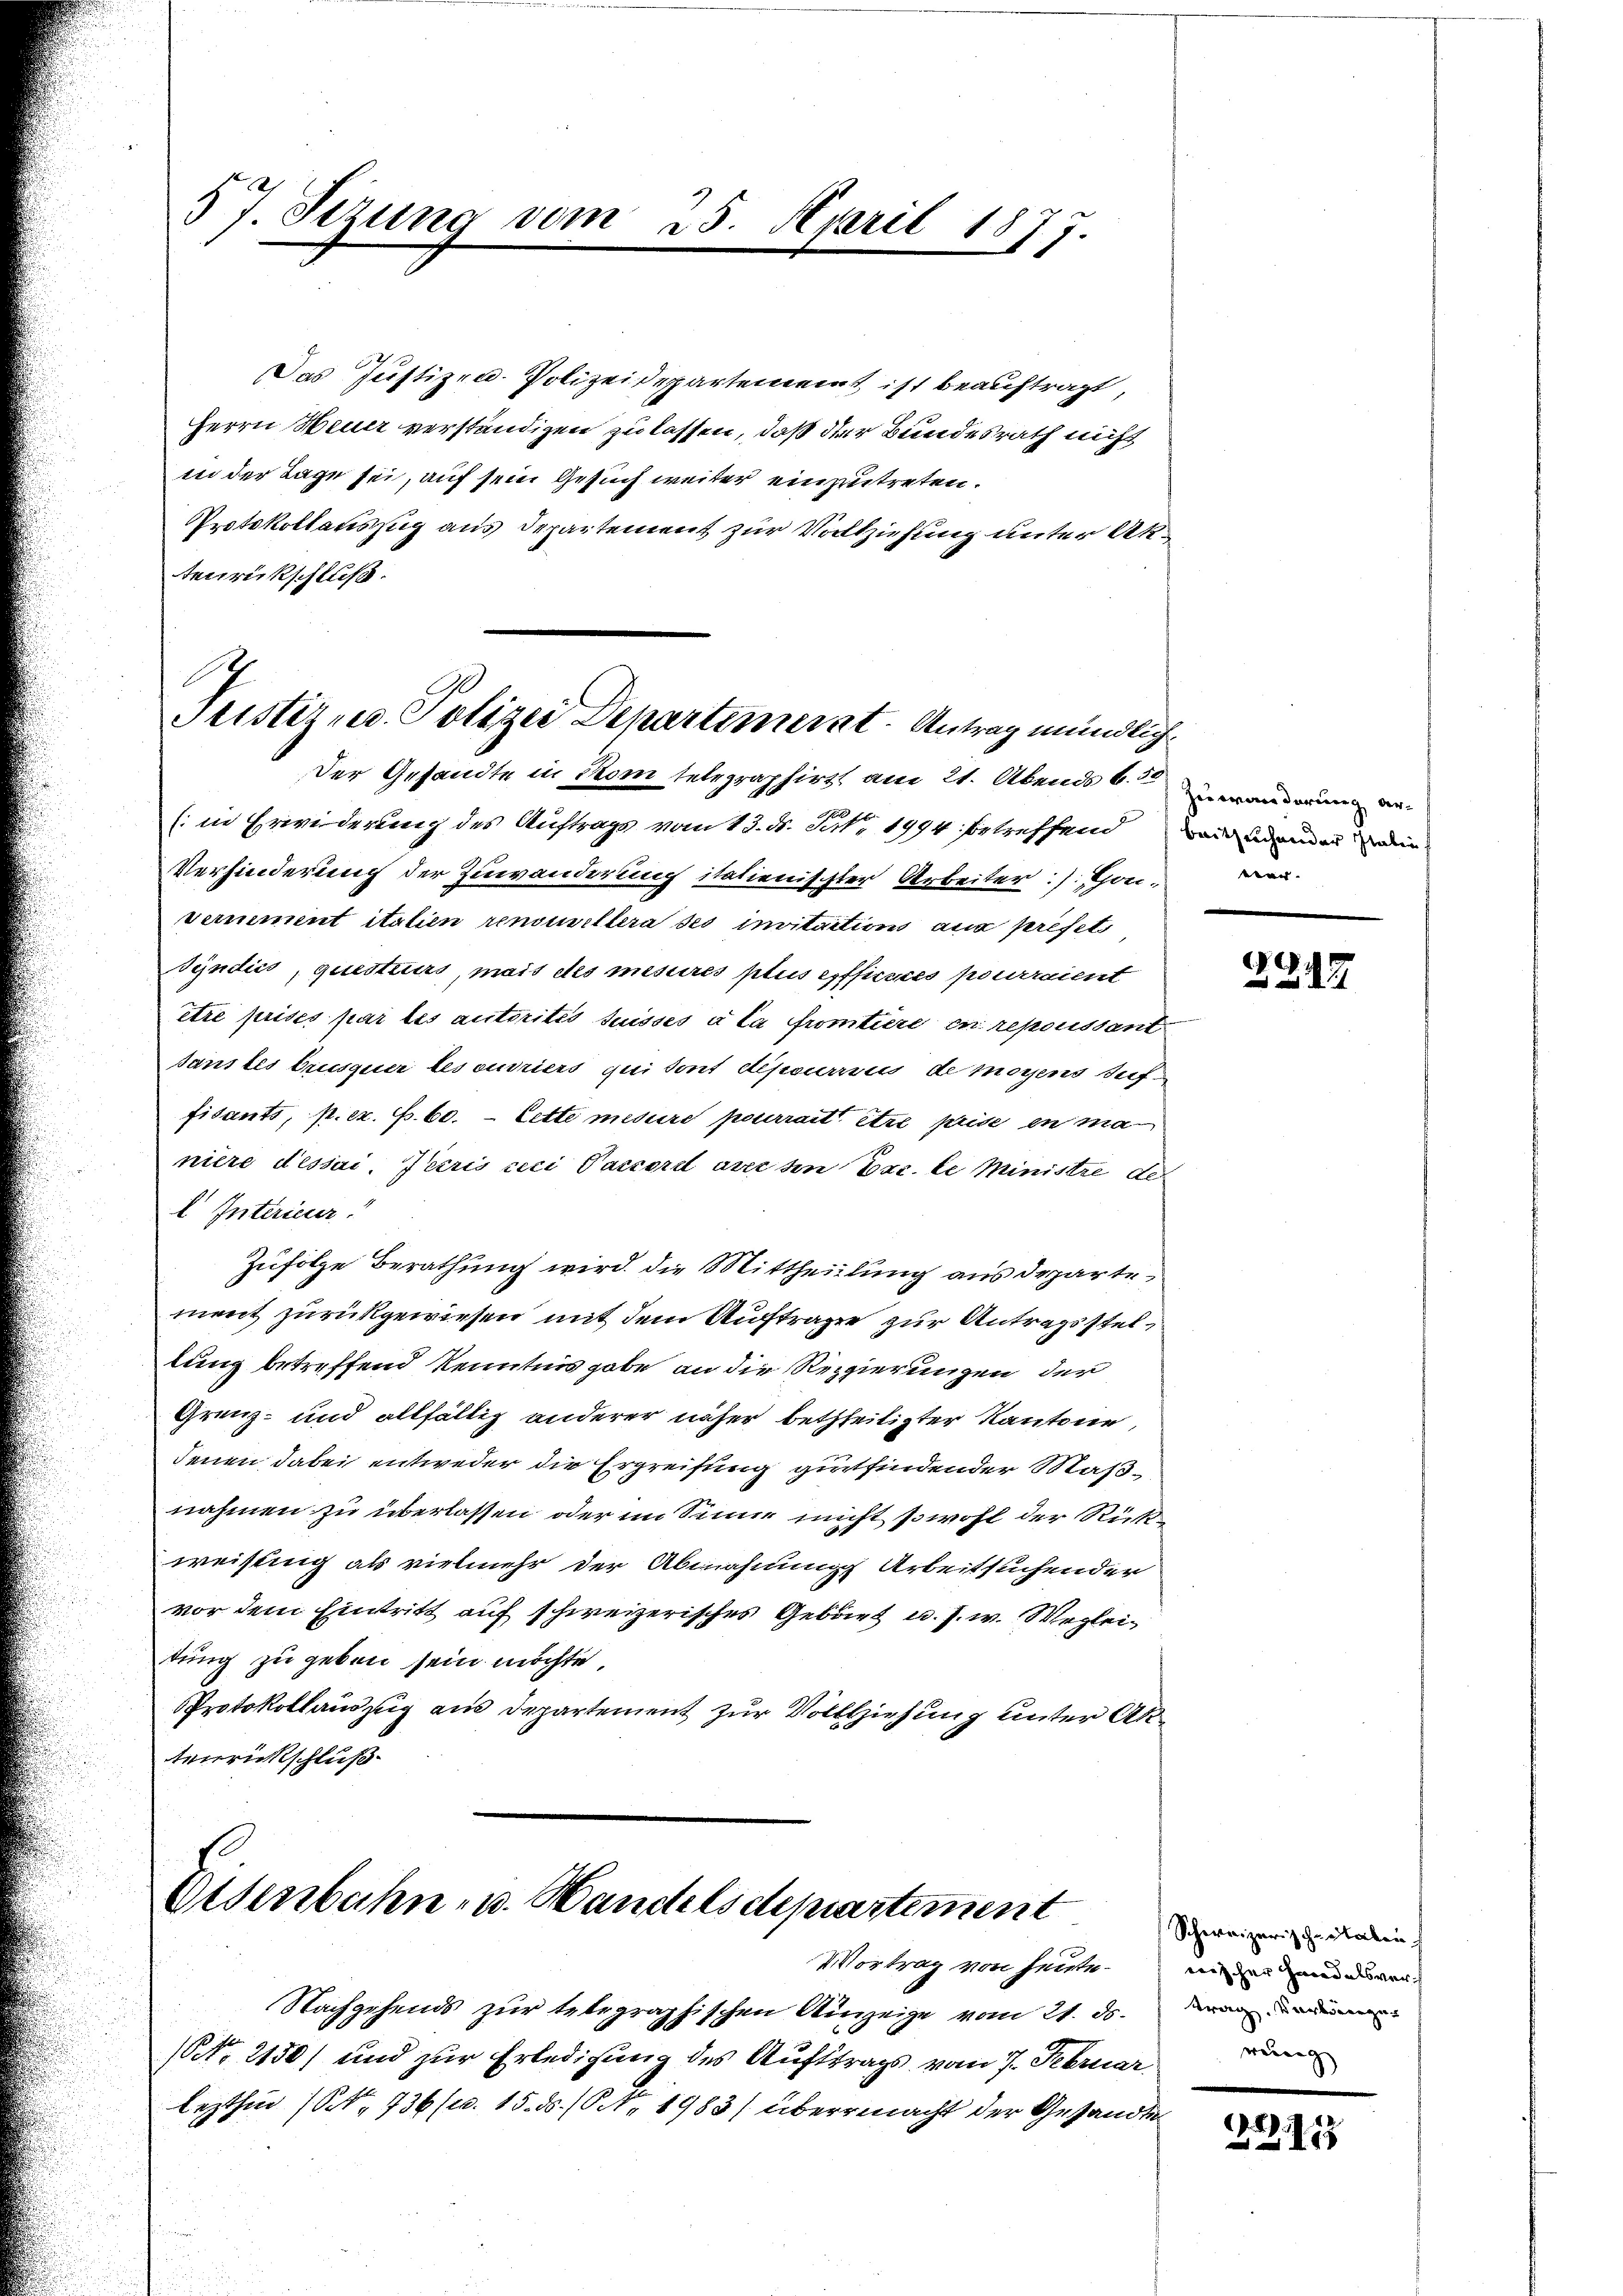
57. Sizung vom 25. April 1877.

Das Justizen- Polizeidepartement ist beauftragt
Herrn Heuer verständigen zu lassen, daß der Bundesrath nicht
in der Tage sei, auf sein Gesuch weiter einzutreten.
Protokollauszug aus Departement zur Vollziehung unter Aktenrückschluß.

Justiz- u. Polizei Departement. Antrag mündlich

Der Gesandte in Som telegraphirtt am 21. Abends 6.5.
(in Erwederung des Auftrags vom 13. d. Tat. 1994 betreffend
Verhinderung der Zuwanderung italienischter Arbeiter: /. Thon-
vernement italien renouvellera so invitation aus preset
Sÿndics, questiers, mais des mesures plus epfficies pourraient
être prises par les autorités suisses à la Promtiere en repoussant
sanstes brusquer lescuriers qui sont dépourrius de moyens suf
fisants, p. c. fr. 60. — Cette mesure pourrait être prise en manière dessai. Paris ceci Passori erer den Exc. de Ministre de
l Interieur
Zufolge Berathung wird die Mittheilung aus departement zurückgewiesen mit dem Auftrage zur Antragsstellung betreffend Kenntnis gabe an die Regierungen der
Grenz- und allfällig anderer näher betheiligter Kantone
denen dabei entweder die Ergreifung gutfindender Maßnahmen zu überlassen oder im Sinne nicht sowohl der Rück
weisung als vielmehr der Abmahnung Arbeitsuchender
vor dem Eintritt auf schweizerisches Gebiet u. s. w. Wegleitung zu geben sein möchte
Protokollauszug aus Departement zur Vollziehung unter Aktenrichtschluß

Eisenbahn- u. Handelsdepartement
Vortrag von heute¬

Nachgehends zur telegraphischen Anzeige vom 21. ds.
NNo. 2150) und zur Erledigung des Aufstrags vom 7. Februar
lezthin (S. 736 (v. 15. ds. (Nr. 1983) übermacht der Gesandte

Ziuvaren darung verbeitsachender dabei
vier- |

17

Schweizerischerteilen
wischer Handelsvertrag. Vorbenenger
rung

.12.113